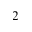
2